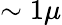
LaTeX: \sim 1\mu